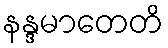
နန္ဒမာတေတိ